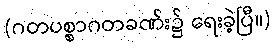
(ဂတပစ္စာဂတခဏ်း၌ ရေးခဲ့ပြီ။)